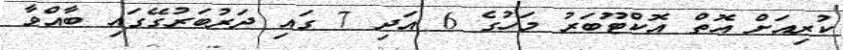
ކުރިއަށް އޮތް އޮކްޓޫބަރު މަހުގެ 6 އަދި 7 ގައި ދަރުބަރުގޭގައި ބާއްވާ